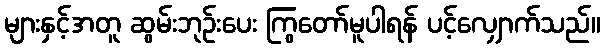
များနှင့်အတူ ဆွမ်းဘုဉ်းပေး ကြွတော်မူပါရန် ပင့်လျှောက်သည်။